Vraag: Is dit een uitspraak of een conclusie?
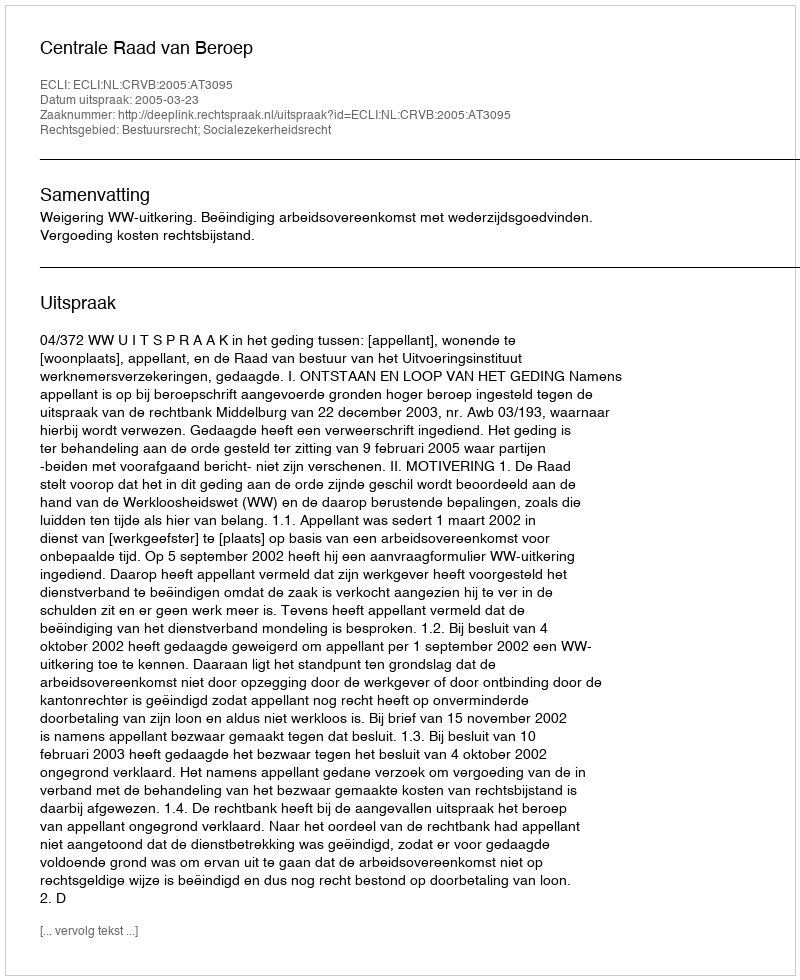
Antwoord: Uitspraak